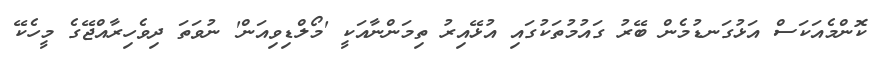
ކޮންމެއަކަސް އަޅުގަނޑުމެން ބޭރު ގައުމުތަކުގައި އުޅޭއިރު ތިމަންނާއަކީ 'މޯލްޑިވިއަން' ނުވަތަ ދިވެހިރާއްޖޭގެ މީހެކޭ